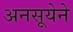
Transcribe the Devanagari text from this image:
अनसूयेने